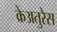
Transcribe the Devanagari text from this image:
क्रेअतुरेस